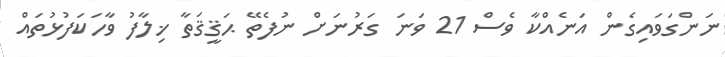
ނަންގަވައިގެން އަނެއްކާ ވެސް 21 ވަނަ ގަރުނަށް ނުފެތޭ ޙަޤީޤަތާ ޚިލާފު ވާހަކަފުޅުތައް